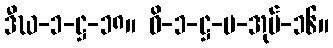
ဒီဃ-၁-ဋ္ဌ-၁၈။ ဝိ-၁-ဋ္ဌ-ပ-အုပ်-၁၆။